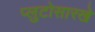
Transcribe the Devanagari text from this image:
प्लुटोसारखे